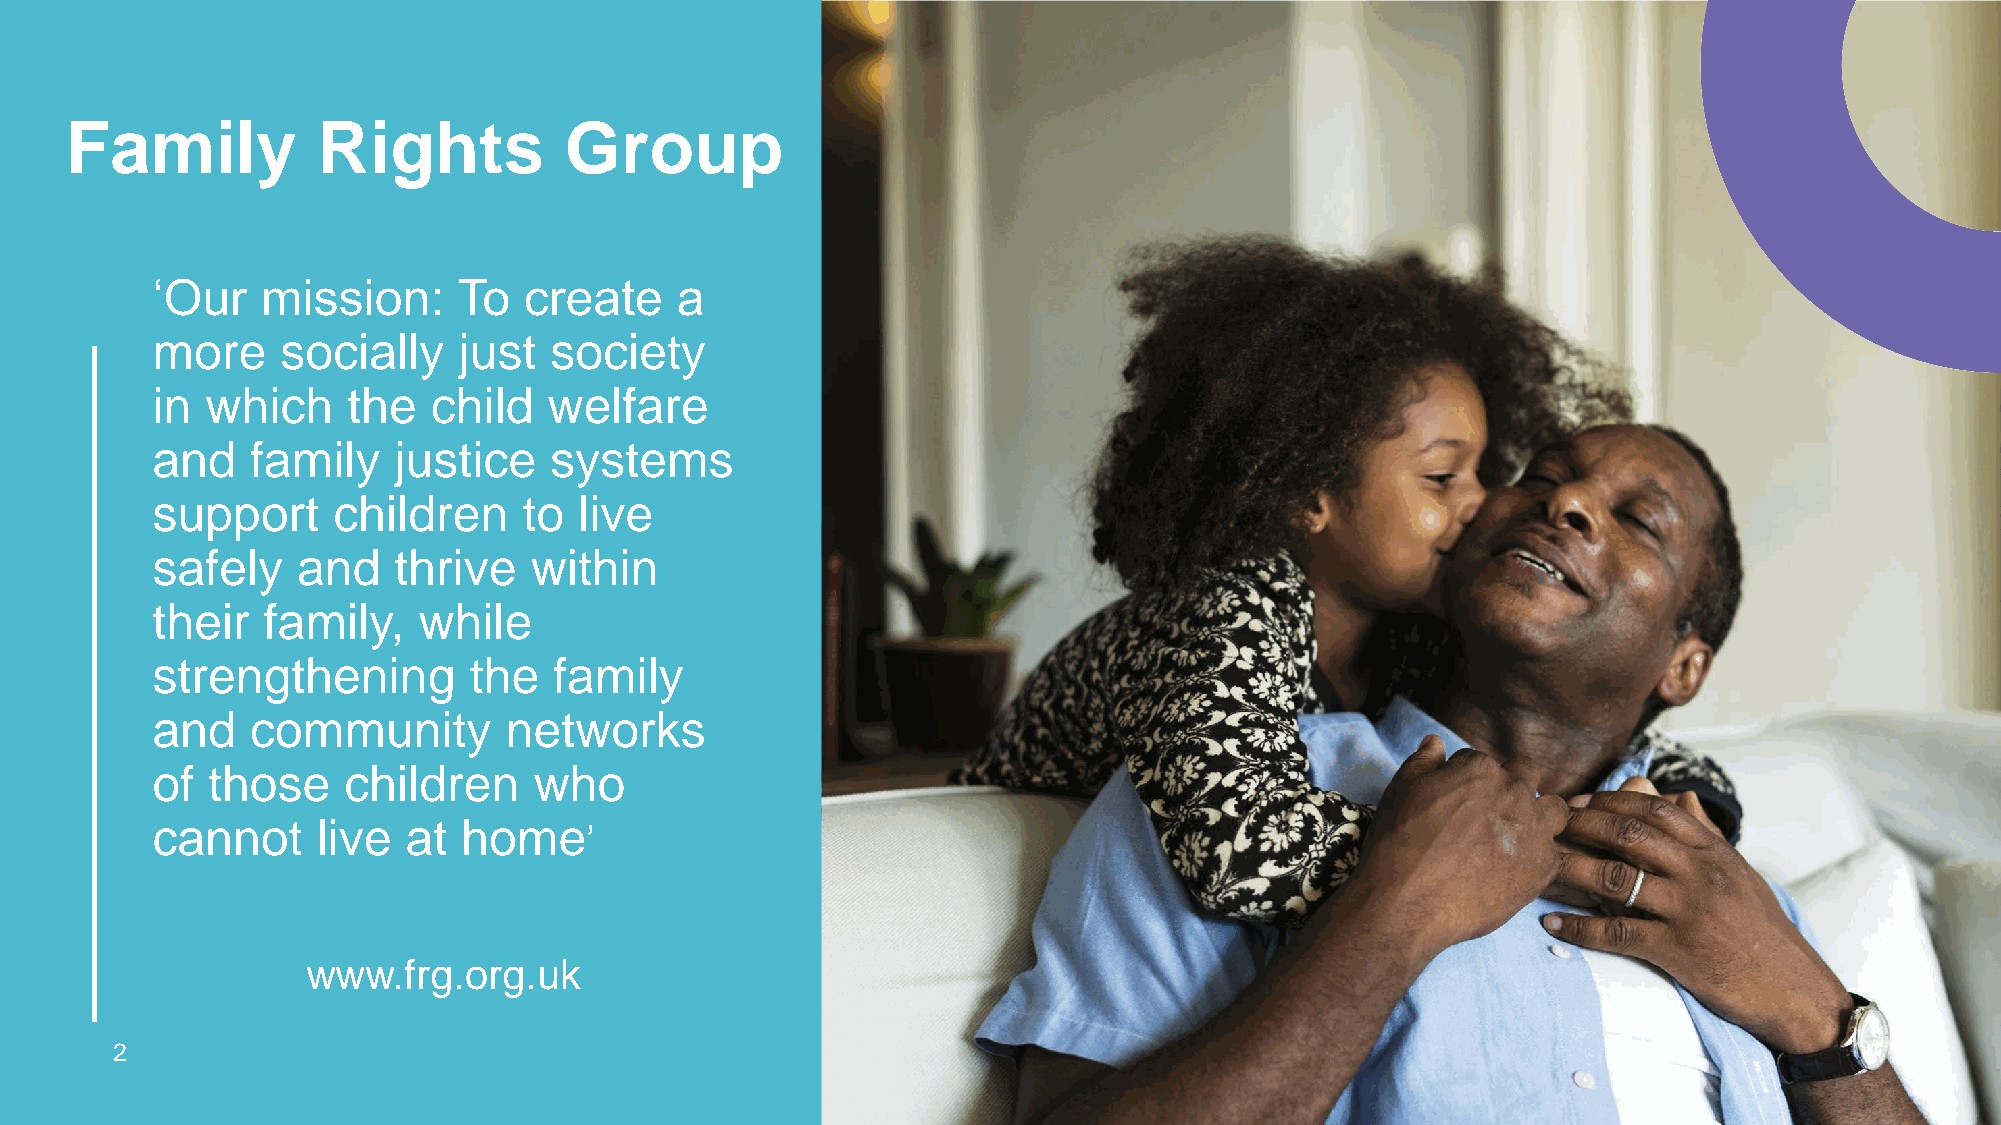
Family           Rights          Group
 ‘Our   mission:     To   create    a
 more     socially   just  society
 in  which    the  child   welfare
 and    family   justice   systems
 support     children     to live
 safely    and   thrive   within
 their  family,    while
 strengthening        the   family
 and    community       networks
 of  those    children    who
 cannot     live  at  home
 ’
 www.frg.org.uk
 2